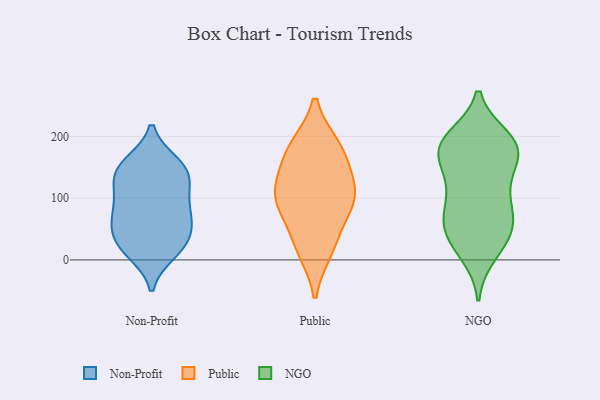
{"axis": {"x": "Waste Production (Tons)", "y": "Value"}, "legend": ["NGO", "Non-Profit", "Public"], "data": [{"x": "", "y": 13, "type": "Non-Profit"}, {"x": "", "y": 105, "type": "Non-Profit"}, {"x": "", "y": 155, "type": "Non-Profit"}, {"x": "", "y": 133, "type": "Non-Profit"}, {"x": "", "y": 60, "type": "Non-Profit"}, {"x": "", "y": 150, "type": "Non-Profit"}, {"x": "", "y": 140, "type": "Non-Profit"}, {"x": "", "y": 60, "type": "Non-Profit"}, {"x": "", "y": 66, "type": "Non-Profit"}, {"x": "", "y": 101, "type": "Non-Profit"}, {"x": "", "y": 32, "type": "Non-Profit"}, {"x": "", "y": 147, "type": "Non-Profit"}, {"x": "", "y": 22, "type": "Non-Profit"}, {"x": "", "y": 80, "type": "Non-Profit"}, {"x": "", "y": 22, "type": "Non-Profit"}, {"x": "", "y": 17, "type": "Public"}, {"x": "", "y": 89, "type": "Public"}, {"x": "", "y": 114, "type": "Public"}, {"x": "", "y": 118, "type": "Public"}, {"x": "", "y": 81, "type": "Public"}, {"x": "", "y": 168, "type": "Public"}, {"x": "", "y": 181, "type": "Public"}, {"x": "", "y": 26, "type": "Public"}, {"x": "", "y": 107, "type": "Public"}, {"x": "", "y": 183, "type": "Public"}, {"x": "", "y": 126, "type": "NGO"}, {"x": "", "y": 197, "type": "NGO"}, {"x": "", "y": 194, "type": "NGO"}, {"x": "", "y": 10, "type": "NGO"}, {"x": "", "y": 182, "type": "NGO"}, {"x": "", "y": 58, "type": "NGO"}, {"x": "", "y": 52, "type": "NGO"}, {"x": "", "y": 135, "type": "NGO"}, {"x": "", "y": 79, "type": "NGO"}, {"x": "", "y": 175, "type": "NGO"}, {"x": "", "y": 32, "type": "NGO"}, {"x": "", "y": 187, "type": "NGO"}, {"x": "", "y": 181, "type": "NGO"}, {"x": "", "y": 74, "type": "NGO"}, {"x": "", "y": 169, "type": "NGO"}, {"x": "", "y": 183, "type": "NGO"}, {"x": "", "y": 87, "type": "NGO"}, {"x": "", "y": 124, "type": "NGO"}, {"x": "", "y": 53, "type": "NGO"}, {"x": "", "y": 22, "type": "NGO"}]}